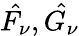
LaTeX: \hat{F_{\nu}},\hat{G_{\nu}}